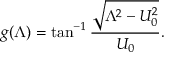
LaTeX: g ( \Lambda ) = \tan ^ { - 1 } \frac { \sqrt { \Lambda ^ { 2 } - U _ { 0 } ^ { 2 } } } { U _ { 0 } } .